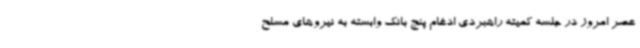
عصر امروز در جلسه کمیته راهبردی ادغام پنج بانک وابسته به نیروهای مسلح